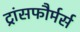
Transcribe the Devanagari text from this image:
ट्रांसफौर्मर्स